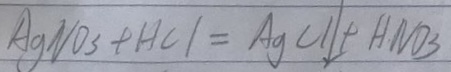
A g N O _ { 3 } + H C l = A g C l \downarrow + H N O _ { 3 }